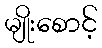
မျိုးစောင့်